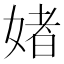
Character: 媎